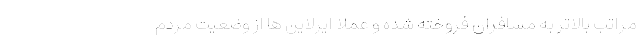
مراتب بالاتر به مسافران فروخته شده و عملا ایرلاین ها از وضعیت مردم